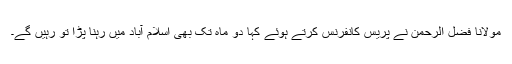
مولانا فضل الرحمٰن نے پریس کانفرنس کرتے ہوئے کہا دو ماہ تک بھی اسلام آباد میں رہنا پڑا تو رہیں گے۔